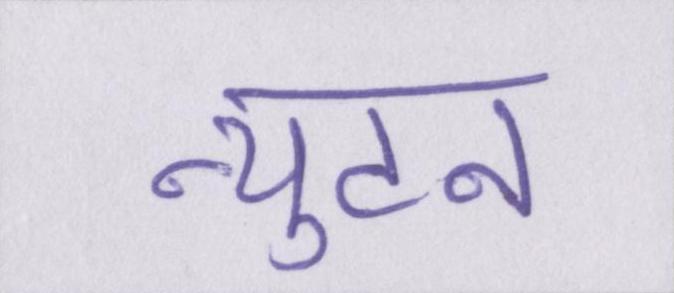
न्युटन